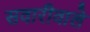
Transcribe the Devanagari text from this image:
सवारीवाले